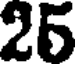
25